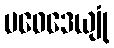
ပဝေဒေယျုံ